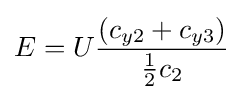
E=U{\frac {(c_{y2}+c_{y3})}{{\frac {1}{2}}c_{2}}}